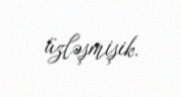
üzləşmişik.